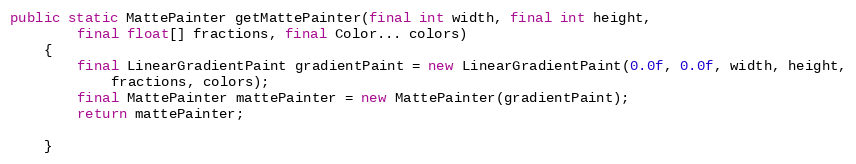
Language: Java
public static MattePainter getMattePainter(final int width, final int height,
		final float[] fractions, final Color... colors)
	{
		final LinearGradientPaint gradientPaint = new LinearGradientPaint(0.0f, 0.0f, width, height,
			fractions, colors);
		final MattePainter mattePainter = new MattePainter(gradientPaint);
		return mattePainter;

	}